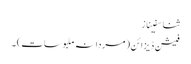
ثنا سفیناز
فیشن ڈیزائن (مردانہ ملبوسات) ۔